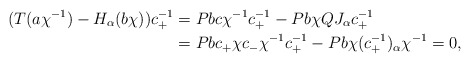
\begin{align*}(T(a \chi^{-1})-H_{\alpha}(b\chi))c_+^{-1}& = Pbc \chi^{-1}c_+^{-1}-Pb\chi QJ_{\alpha}c_+^{-1}\\ &=Pbc_+\chi c_- \chi^{-1}c_+^{-1}-Pb\chi(c_+^{-1})_{\alpha}\chi^{-1}=0, \end{align*}